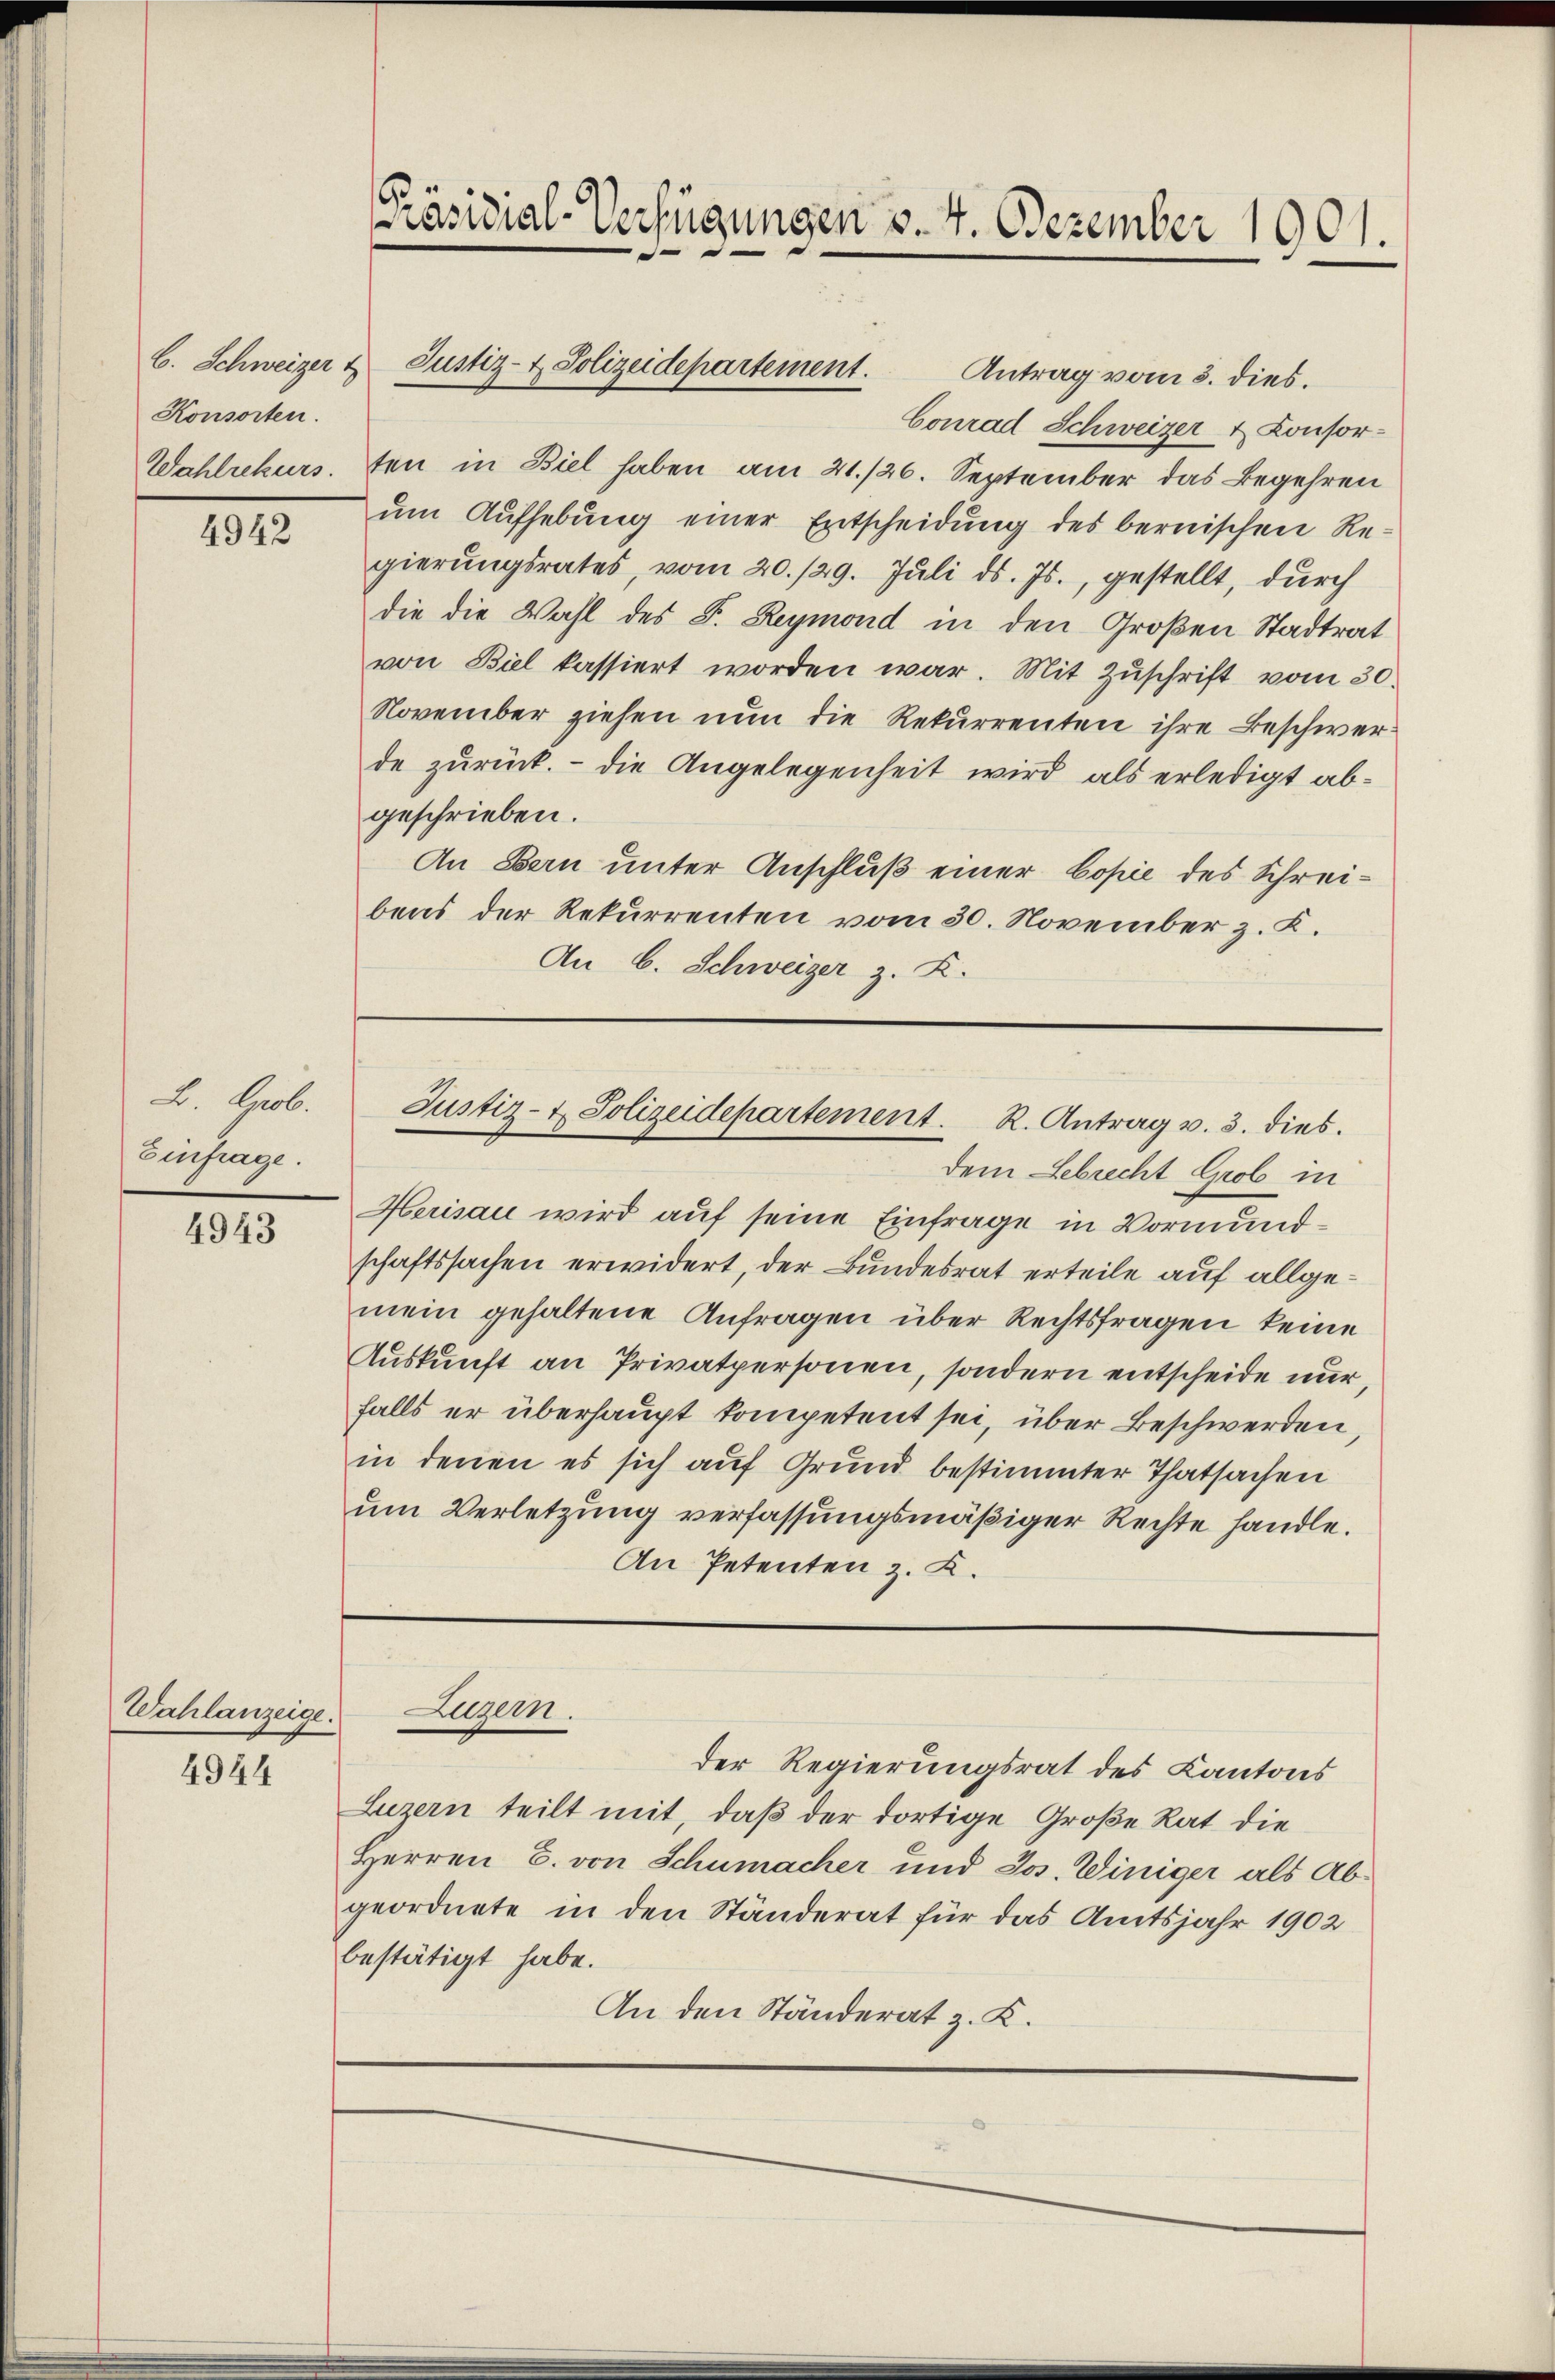
b. Schweizer t
Konsorten.
Wahlrekurs.

4942

A. Grob.
Einfrage.

4943

Wahlanzeige.

4944

Präsidial-Verfügungen v. 4. Dezember 1901.

Antrag vom 3. dies.
Conrad Schweizer & Consorten in Biel haben am 21./26. September das Begehren
um Aufhebung einer Entscheidung des bernischen Regierungsrates vom 20./29. Juli d. Js., gestellt, durch
die die Wahl des F. Reymond in den Großen Stadtrat
von Biel kassiert worden war. Mit Zŭschrift vom 30.
November ziehen nun die Rekurrenten ihre Beschwerde zurück. - Die Angelegenheit wird als erledigt abgeschrieben.
An Bern unter Anschluß einer Copie des Schreibens der Rekurrenten vom 30. November z. K.
An 6. Schweizer z. K.

Justiz- & Polizeidepartement.

Justiz- & Polizeidepartement. R. Antrag v. 3. dies.

dem Lebrecht Grob in
Herisau wird auf seine Einfrage in Vormundschaftssachen erwidert, der Bundesrat erteile auf allgemein gehaltene Anfragen über Rechtsfragen keine
Auskunft an Privatpersonen, sondern entscheide nur
falls er überhaupt kompetent sei, über Beschwerden,
in denen es sich auf Grund bestimmter Thatsachen
um Verletzung verfassungsmäßiger Rechte handle.
An Petenten z. K.

Luzern.

der Regierungsrat des Kantons
Luzern teilt mit, daß der dortige Große Rat die
Herren E. von Schumacher und Jos. Winiger als Abgeordnete in den Ständerat für das Amtsjahr 1902
bestätigt habe.
An den Ständerat z. K.